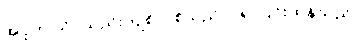
အပူက သိပ်သည်းကျစ်လစ်သည်၊ ပို၍ ပြင်းထန်သည်။